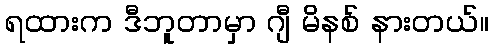
ရထားက ဒီဘူတာမှာ ဂျီ မိနစ် နားတယ်။